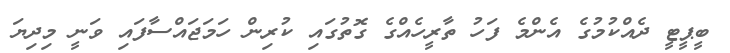
ބީޕީޓީ ދެއްކުމުގެ އެންމެ ފަހު ތާރީހެއްގެ ގޮތުގައި ކުރިން ހަމަޖައްސާފައި ވަނީ މިދިޔަ